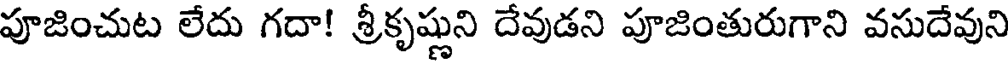
పూజించుట లేదు గదా! శ్రీకృష్ణుని దేవుడని పూజింతురుగాని వసుదేవుని